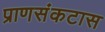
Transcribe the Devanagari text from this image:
प्राणसंकटास